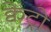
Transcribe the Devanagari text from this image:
क्वेट्रो